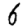
Digit: 6